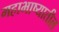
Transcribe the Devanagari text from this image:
महाभाष्यातील